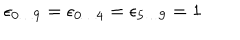
\epsilon _ { 0 \ldots 9 } = \epsilon _ { 0 \ldots 4 } = \epsilon _ { 5 \ldots 9 } = 1